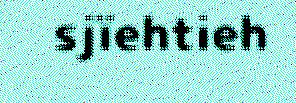
sjïehtieh